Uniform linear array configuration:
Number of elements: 8
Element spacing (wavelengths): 1
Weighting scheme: binomial
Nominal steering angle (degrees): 60
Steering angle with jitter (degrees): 59.3
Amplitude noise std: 0.05
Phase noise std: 0.05

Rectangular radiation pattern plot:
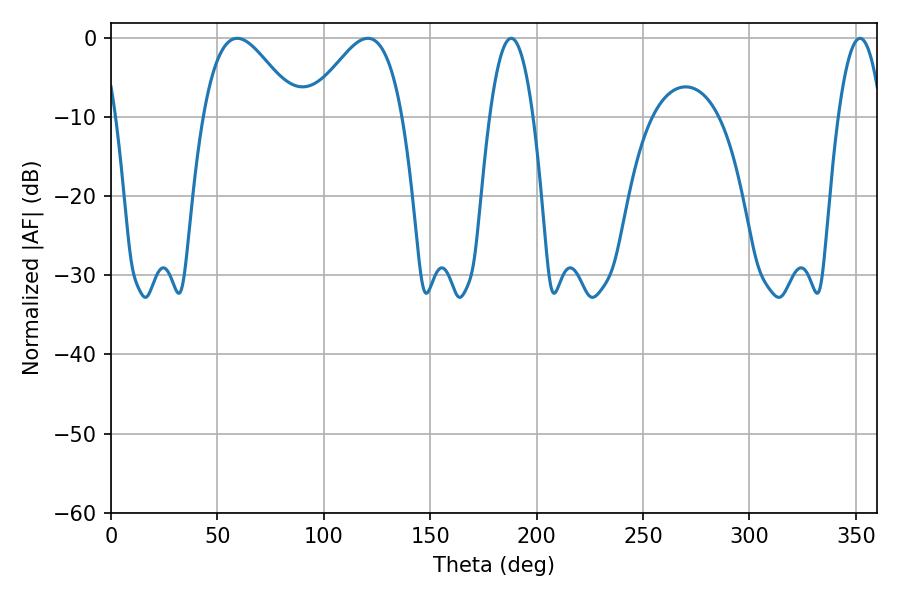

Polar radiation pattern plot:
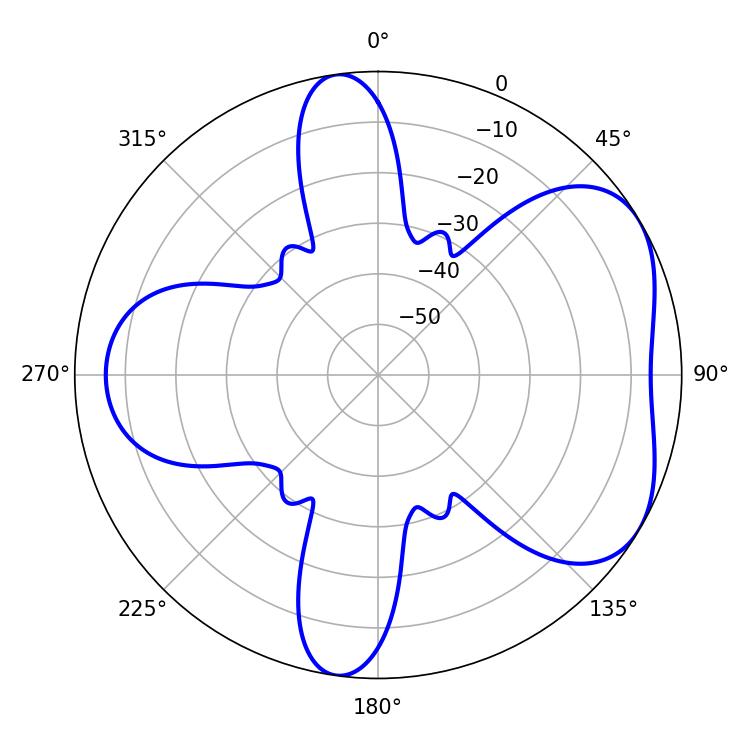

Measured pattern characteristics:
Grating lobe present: TRUE
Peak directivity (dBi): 4.996
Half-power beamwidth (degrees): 23.76
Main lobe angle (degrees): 59.4